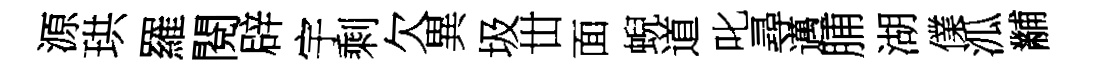
源珙羅閱辟宇剩欠異圾丗面蜺道叱尋邁脯湖㒒泒黼